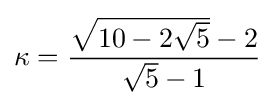
\kappa ={\frac {{\sqrt {10-2{\sqrt {5}}}}-2}{{\sqrt {5}}-1}}